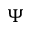
\Psi